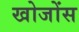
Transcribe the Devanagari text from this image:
खोजोंस